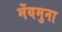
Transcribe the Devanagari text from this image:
मेंयमुना